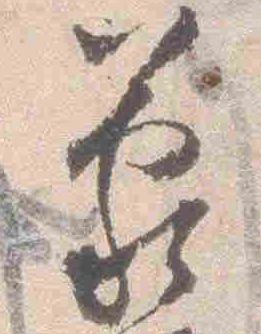
蒙